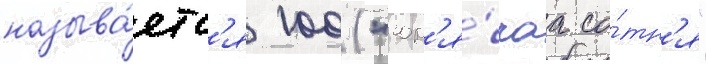
называ́етс'я 100 ("гор'я́чаа со́тн'я"